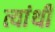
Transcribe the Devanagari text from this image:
त्यांथी